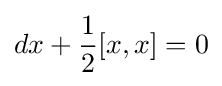
dx+{\frac {1}{2}}[x,x]=0